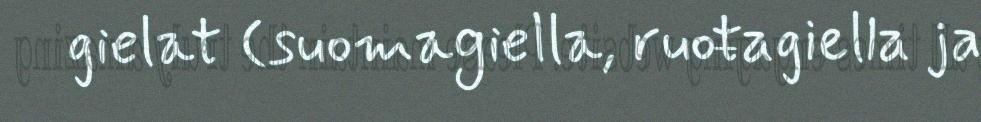
gielat (suomagiella, ruoŧagiella ja